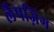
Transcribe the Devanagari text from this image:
लैपज़िग